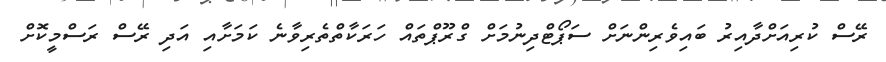
ރޭސް ކުރިއަށްދާއިރު ބައިވެރިންނަށް ސަޕޯޓްދިނުމަށް ގްރޫޕްތައް ހަރަކާތްތެރިވާނެ ކަމަށާއި އަދި ރޭސް ރަސްމީކޮށް